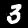
Label: 3